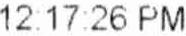
12:17:26 PM